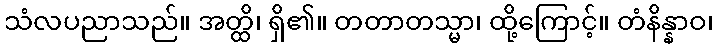
သံလပညာသည်။ အတ္ထိ၊ ရှိ၏။ တတာတသ္မာ၊ ထို့ကြောင့်။ တံနိန္နာဝ၊